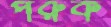
পরুক